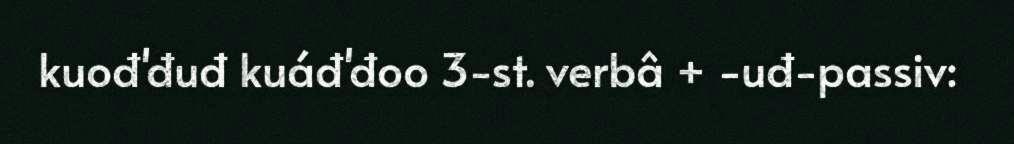
kuođ'đuđ kuáđ'đoo 3-st. verbâ + -uđ-passiv: